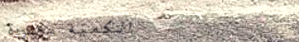
الكمية محدودة